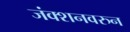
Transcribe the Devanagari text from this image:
जंक्शनवरुन